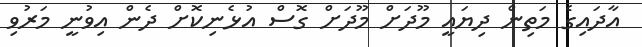
އާދައިގެ މަތިން ދިޔައީ މޫދަށް މޫދަށް ގޮސް އުޅެނިކޮށް ދެން އިވުނީ މަރުވި